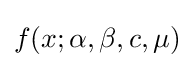
f(x;\alpha ,\beta ,c,\mu )